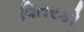
વિતરકો